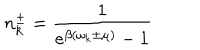
n _ { k } ^ { \pm } = \frac { 1 } { e ^ { \beta ( \omega _ { k } \pm \mu ) } - 1 }